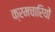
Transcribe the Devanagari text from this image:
क्रमचारियों